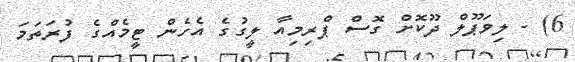
6) - ލިވަޕޫލް ދޫކޮށް ގޮސް ޕްރިމިއާ ލީގުގެ އެހެން ޓީމެއްގެ ފުރަތަމަ